Annual administration report of the Civil Veterinary Department of India - 1892-1893
Year: 1892
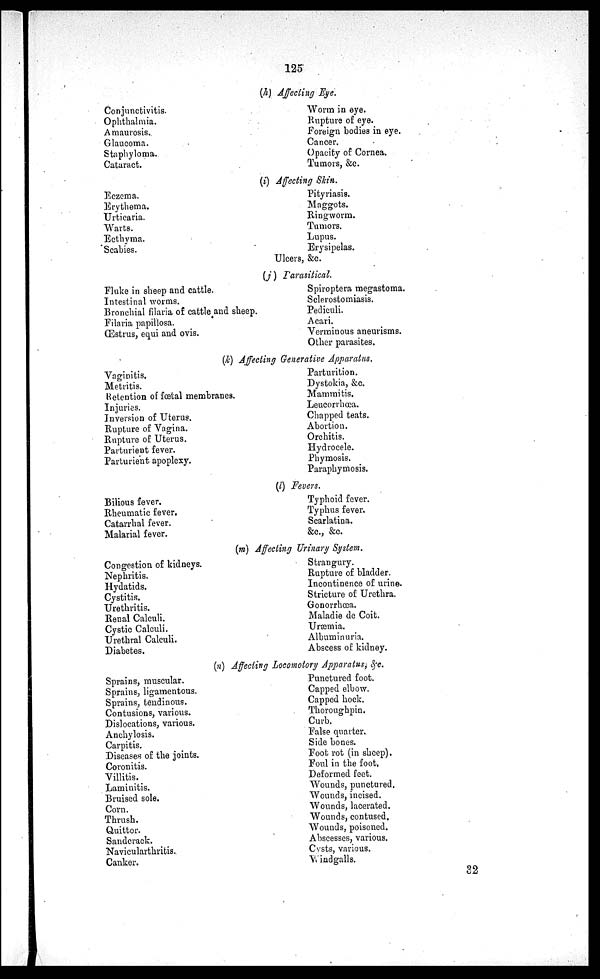
125
(h) Affecting Eye.
Conjunctivitis.
Ophthalmia.
Amaurosis.
Glaucoma.
Staphyloma.
Cataract.
Worm in eye.
Rupture of eye.
Foreign bodies in eye.
Cancer.
Opacity of Cornea.
Tumors, &c.
(i) Affecting Skin.
Eczema.
Erythema.
Urticaria.
Warts.
Ecthyma.
Scabies.
Pityriasis.
Maggots.
Ringworm.
Tumors.
Lupus.
Erysipelas.
Ulcers, &c.
(j) Parasitical.
Fluke in sheep and cattle.
Intestinal worms.
Bronchial filaria of cattle and sheep.
Filaria papillosa.
îstrus, equi and ovis.
Spiroptera megastoma.
Sclerostomiasis.
Pediculi.
Acari.
Verminous aneurisms.
Other parasites.
(k) Affecting Generative Apparatus.
Vaginitis.
Metritis.
Retention of foetal membranes.
Injuries.
Inversion of Uterus.
Rupture of Vagina.
Rupture of Uterus.
Parturient fever.
Parturient apoplexy.
Parturition.
Dystokia, &c.
Mammitis.
Leucorrhœa.
Chapped teats.
Abortion.
Orchitis.
Hydrocele.
Phymosis.
Paraphymosis.
(l) Fevers.
Bilious fever.
Rheumatic fever.
Catarrhal fever.
Malarial fever.
Typhoid fever.
Typhus fever.
Scarlatina.
&c., &c.
(m) Affecting Urinary System.
Congestion of kidneys.
Nephritis.
Hydatids.
Cystitis.
Urethritis.
Renal Calculi.
Cystic Calculi.
Urethral Calculi.
Diabetes.
Strangury.
Rupture of bladder.
Incontinence of urine.
Stricture of Urethra.
Gonorrhœa.
Maladie de Coit.
Uræmia.
Albuminuria.
Abscess of kidney.
(n) Affecting Locomotory Apparatus, &c.
Sprains, muscular.
Sprains, ligamentous.
Sprains, tendinous.
Contusions, various.
Dislocations, various.
Anchylosis.
Carpitis.
Diseases of the joints.
Coronitis.
Villitis.
Laminitis.
Bruised sole.
Corn.
Thrush.
Quittor.
Sandcrack.
Navicularthritis.
Canker.
Punctured foot.
Capped elbow.
Capped hock.
Thoroughpin.
Curb.
False quarter.
Side bones.
Foot rot (in sheep).
Foul in the foot.
Deformed feet.
Wounds, punctured.
Wounds, incised.
Wounds, lacerated.
Wounds, contused.
Wounds, poisoned.
Abscesses, various.
Cysts, various.
Windgalls.
32